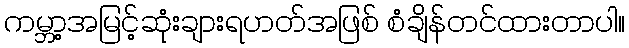
ကမ္ဘာ့အမြင့်ဆုံးချားရဟတ်အဖြစ် စံချိန်တင်ထားတာပါ။